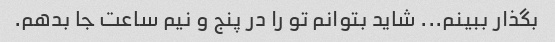
بگذار ببینم... شاید بتوانم تو را در پنج و نیم ساعت جا بدهم.